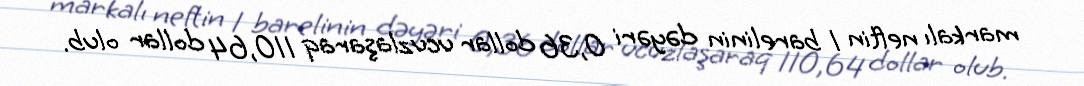
markalı neftin 1 barelinin dəyəri 0,36 dollar ucuzlaşaraq 110,64 dollar olub.